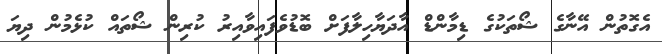
އެގޮތުން އޭނާގެ ޝޯތަކުގެ ޑިމާންޑް އާދަޔާހިލާފަށް ބޮޑުވެފައިވާއިރު ކުރިން ޝޯތައް ކުޅެމުން ދިޔަ